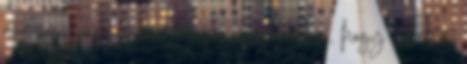
nagyon sűrgős megoldás vár, én javaslom, hogy a kettőt